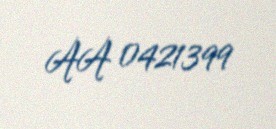
AA 0421399